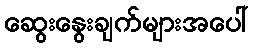
ဆွေးနွေးချက်များအပေါ်